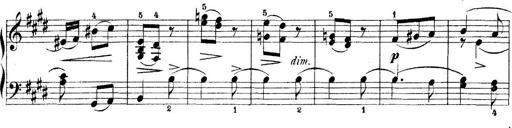
Title: 5 Sonatinas
Composer: Theodor Kirchner